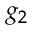
g _ { 2 }